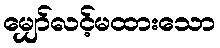
မျှော်လင့်မထားသော